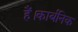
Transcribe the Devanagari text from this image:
हैं।कार्बनिक